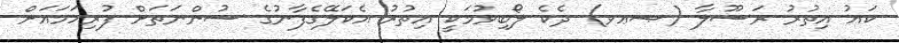
ކައު އިތުރު ރަސޫލާ (ޞޢވ) ދެކެ ލޯބިވުމަކީ އިތުރު އެކަލޭގެފާނުގެ ސުންނަތަށް ފުރިހަމައަށް